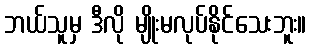
ဘယ်သူမှ ဒီလို မျိုးမလုပ်နိုင်သေးဘူး။